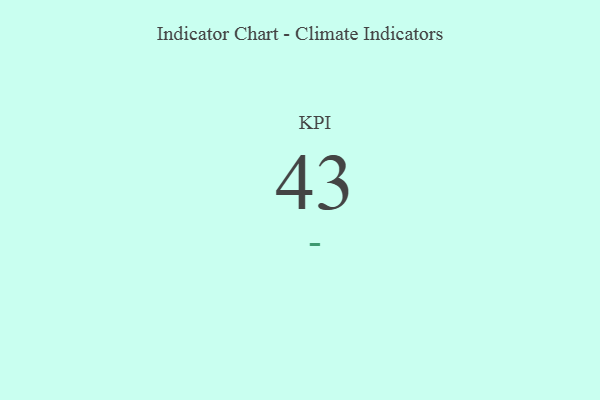
{"axis": {"x": "KPI", "y": "Value"}, "legend": [""], "data": [{"x": "KPI", "y": 43, "type": ""}]}